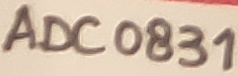
Text: ADC0831